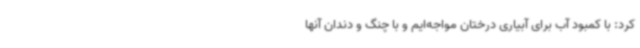
کرد: با کمبود آب برای آبیاری درختان مواجه‌ایم و با چنگ و دندان آنها